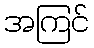
အကြင်